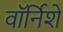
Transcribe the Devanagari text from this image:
वॉर्निशे